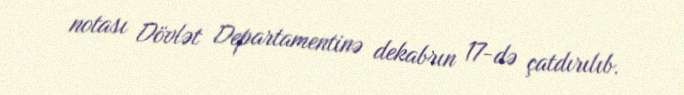
notası Dövlət Departamentinə dekabrın 17-də çatdırılıb.